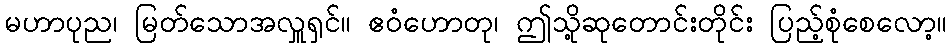
မဟာပုည၊ မြတ်သောအလှူရှင်။ ဧဝံဟောတု၊ ဤသို့ဆုတောင်းတိုင်း ပြည့်စုံစေလော့။